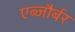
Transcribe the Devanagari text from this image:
एब्जौर्बर